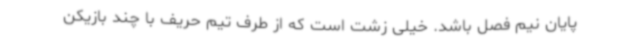
پایان نیم فصل باشد. خیلی زشت است که از طرف تیم حریف با چند بازیکن